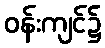
ဝန်းကျင်၌